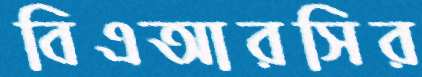
বিএআরসির